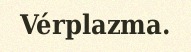
Vérplazma.